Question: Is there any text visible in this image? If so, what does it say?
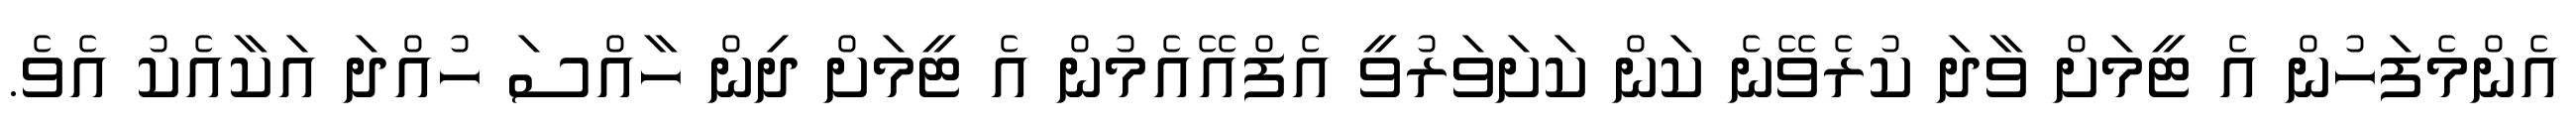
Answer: އެންމެފަހުން އެ ޓީމަށް ވާދަ ކުރެވޭނެ ކަން ކަށަވަރުވީ އެފްއޭއެމުން އެ ޓީމަށް ދިން ހާއްސަ ހުއްދަ އަކާއެކު އެވެ.